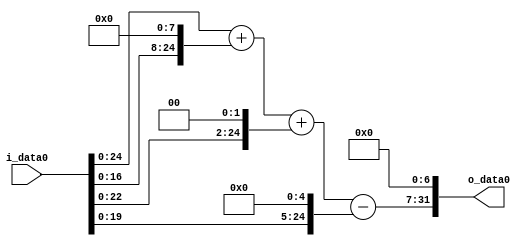
module multiplier_block_69 (
    i_data0,
    o_data0
);
  input   [31:0] i_data0;
  output  [31:0]
    o_data0;
  wire [31:0]
    w1,
    w256,
    w257,
    w4,
    w261,
    w32,
    w229,
    w29312;
  assign w1 = i_data0;
  assign w229 = w261 - w32;
  assign w256 = w1 << 8;
  assign w257 = w1 + w256;
  assign w261 = w257 + w4;
  assign w29312 = w229 << 7;
  assign w32 = w1 << 5;
  assign w4 = w1 << 2;
  assign o_data0 = w29312;
endmodule